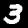
Label: 3